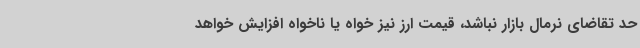
حد تقاضای نرمال بازار نباشد، قیمت ارز نیز خواه یا ناخواه افزایش خواهد